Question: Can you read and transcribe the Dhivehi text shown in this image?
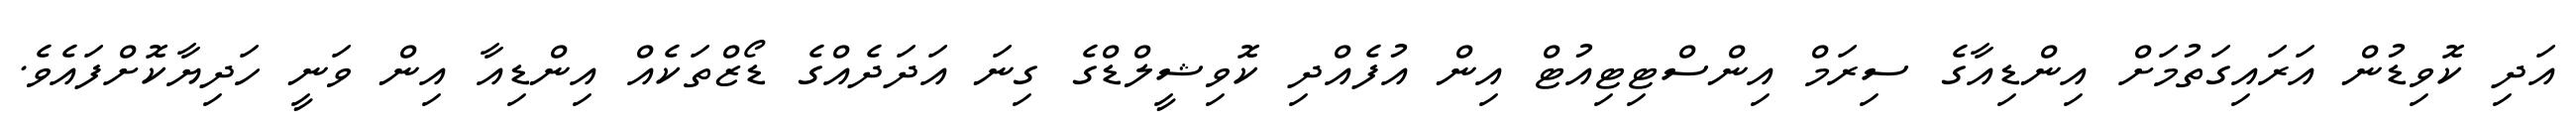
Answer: އަދި ކޮވިޑުން އަރައިގަތުމަށް އިންޑިއާގެ ސިރަމް އިންސްޓިޓިއުޓް އިން އުފެއްދި ކޮވިޝީލްޑްގެ ގިނަ އަދަދެއްގެ ޑޯޒްތަކެއް އިންޑިއާ އިން ވަނީ ހަދިޔާކޮށްފައެވެ.